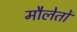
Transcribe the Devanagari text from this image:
मौलेतों